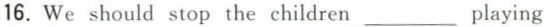
16.We should stop the children ___